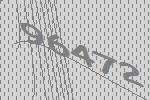
96472